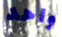
واحد